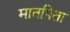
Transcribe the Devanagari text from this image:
मातपिता